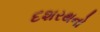
દશરથનો